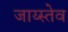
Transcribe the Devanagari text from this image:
जाय्स्तेव